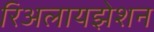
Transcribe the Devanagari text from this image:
रिअलायझेशन